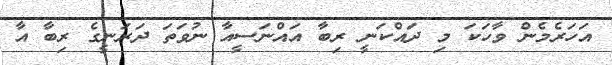
އަހަރެމެން ވާހަކަ މި ދައްކަނީ ރިބާ އައްނަސީއާ ނުވަތަ ދަރަނީގެ ރިބާ އާ